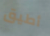
أطيق